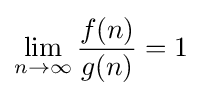
\lim _{n\to \infty }{\frac {f(n)}{g(n)}}=1